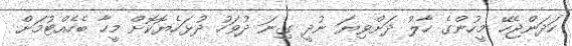
ހަދަންޖެހޭ މީހުންގެ ހާލު ދަށްވިޔަ ނުދީ ގިނަ ދުވަހު ދުޅަހެޔޮކޮށް މީހާ ބެހެއްޓުމަށް